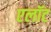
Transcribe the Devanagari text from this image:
एलॉट